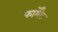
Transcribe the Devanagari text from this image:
फार्मेंट